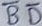
Text: BD